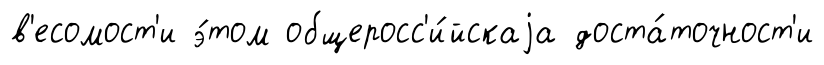
в'есомост'и э́том общеросс'и́йскаjа доста́точност'и